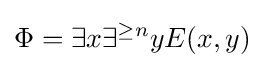
\Phi =\exists x\exists ^{\geq n}yE(x,y)